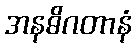
အနဓိဂတာနံ